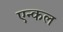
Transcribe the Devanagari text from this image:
एन्कल